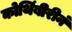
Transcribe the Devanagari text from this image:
कोथिंबीरीनं